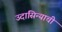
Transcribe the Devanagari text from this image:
उदासिन्याची